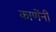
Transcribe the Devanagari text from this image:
काणेंनी